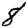
Digit: 8